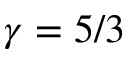
\gamma = 5 / 3